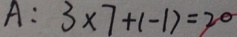
A : 3 \times 7 + 1 - 1 7 = 2 0